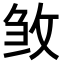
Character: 𭣰